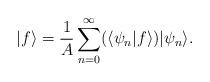
LaTeX: \begin{align*}|f\rangle=\frac{1}{A}\sum_{n=0}^{\infty}(\langle \psi_n|f\rangle)|\psi_n \rangle.\end{align*}